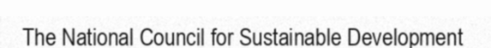
The National Council for Sustainable Development